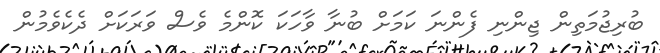
ބުރިޖުމަތިން ޖިންނި ފެންނަ ކަމަށް ބުނާ ވާހަކަ ކޮންމެ ވެސް ވަރަކަށް ދެކެވެމުން